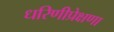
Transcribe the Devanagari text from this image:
धरिणीप्रेक्षणा